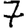
Digit: 7